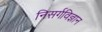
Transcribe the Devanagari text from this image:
निसर्गविज्ञान